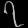
Digit: ၇